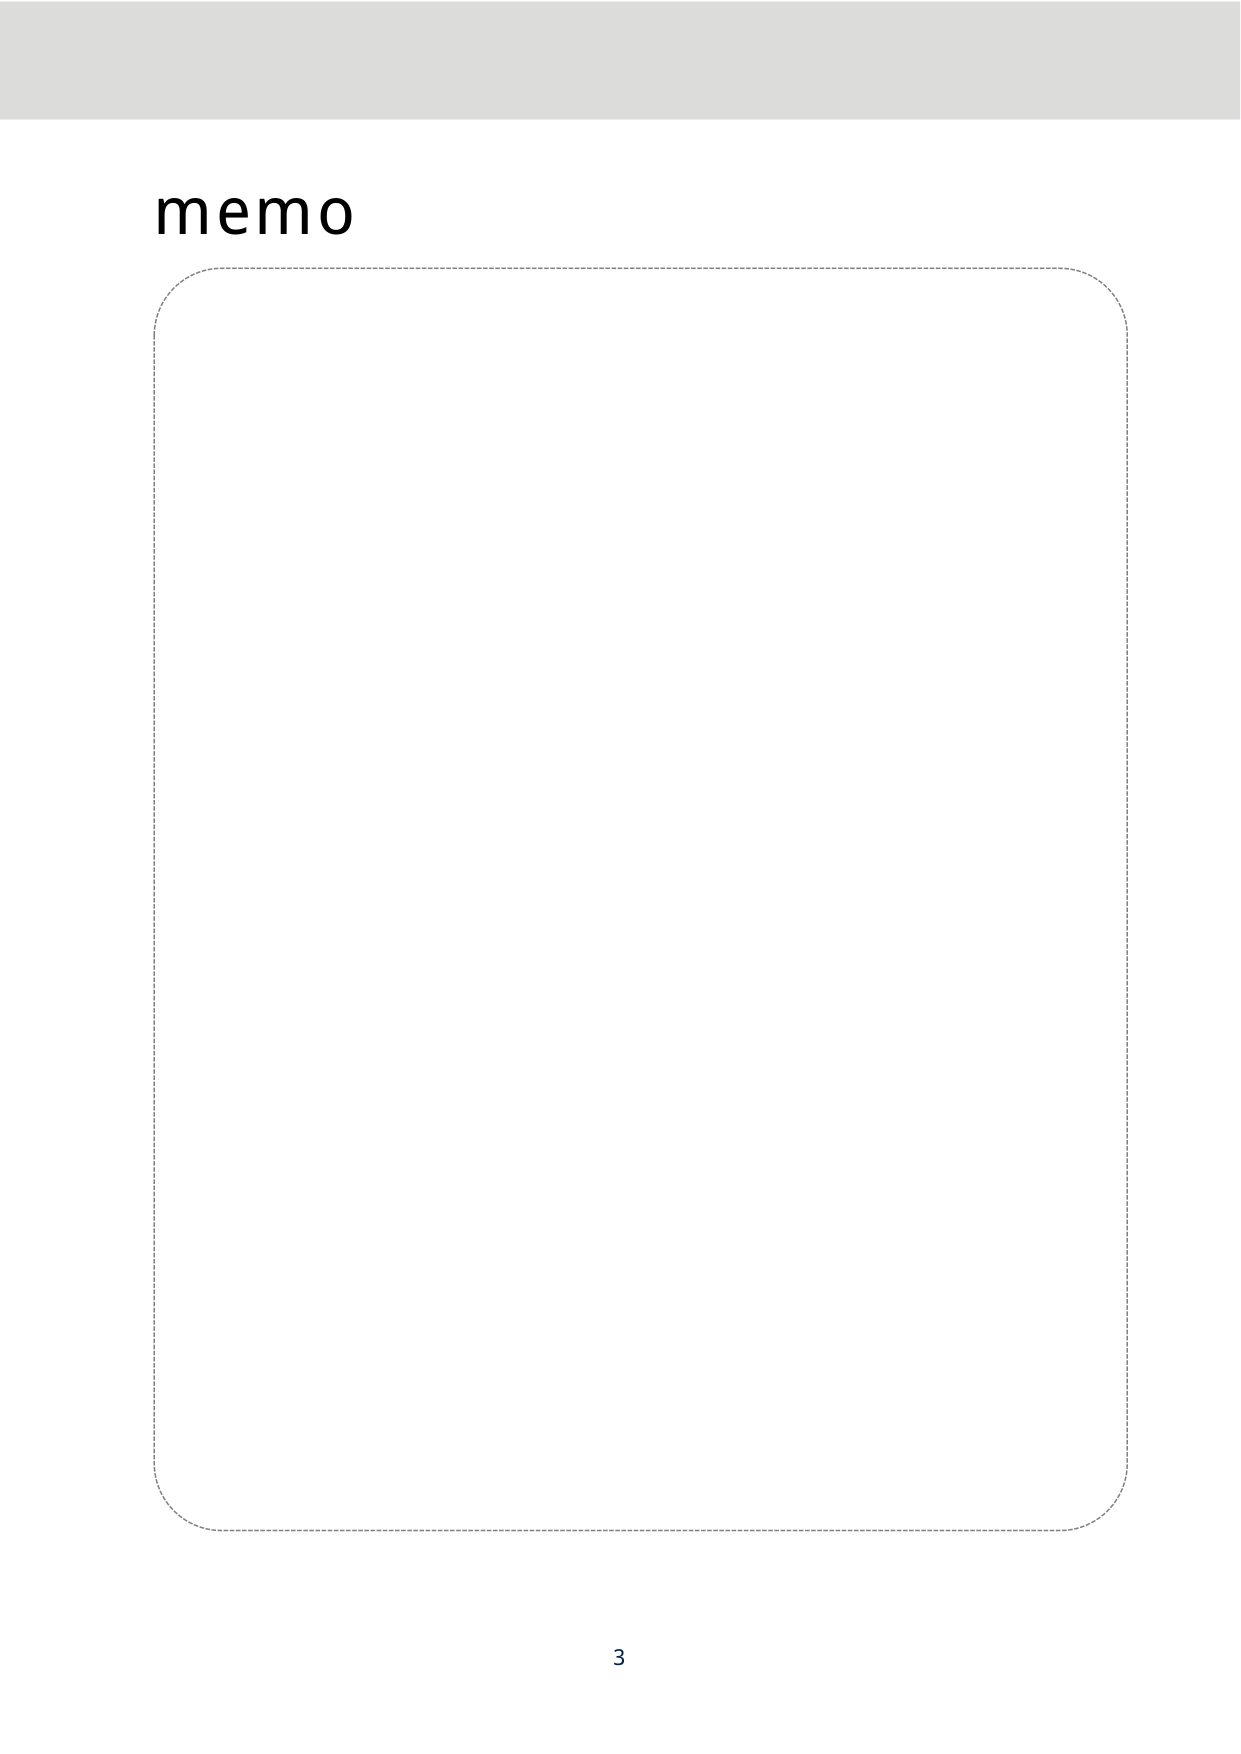
memo
3